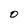
Character: O